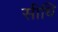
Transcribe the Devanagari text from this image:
सीधि